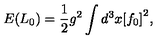
E ( L _ { 0 } ) = \frac { 1 } { 2 } g ^ { 2 } \int d ^ { 3 } x { [ f _ { 0 } ] } ^ { 2 } ,